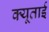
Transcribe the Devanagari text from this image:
क्यूताई